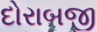
દોરાબજી